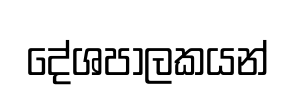
දේශපාලකයන්